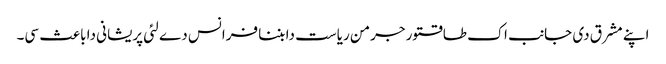
اپنے مشرق دی جانب اک طاقتور جرمن ریاست دا بننا فرانس دے لئی پریشانی دا باعث سی۔